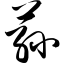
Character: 荪